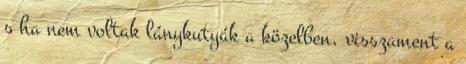
s ha nem voltak lánykutyák a közelben, visszament a